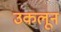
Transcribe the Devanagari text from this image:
उकलून